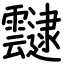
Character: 靆